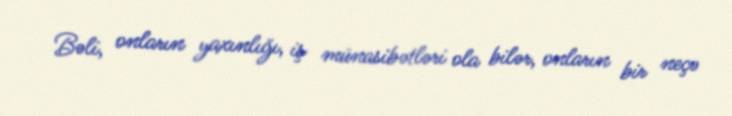
Bəli, onların yaxınlığı, iş münasibətləri ola bilər, onların bir neçə